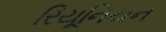
રિયૂનિયન